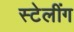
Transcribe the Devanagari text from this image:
स्टेलींग